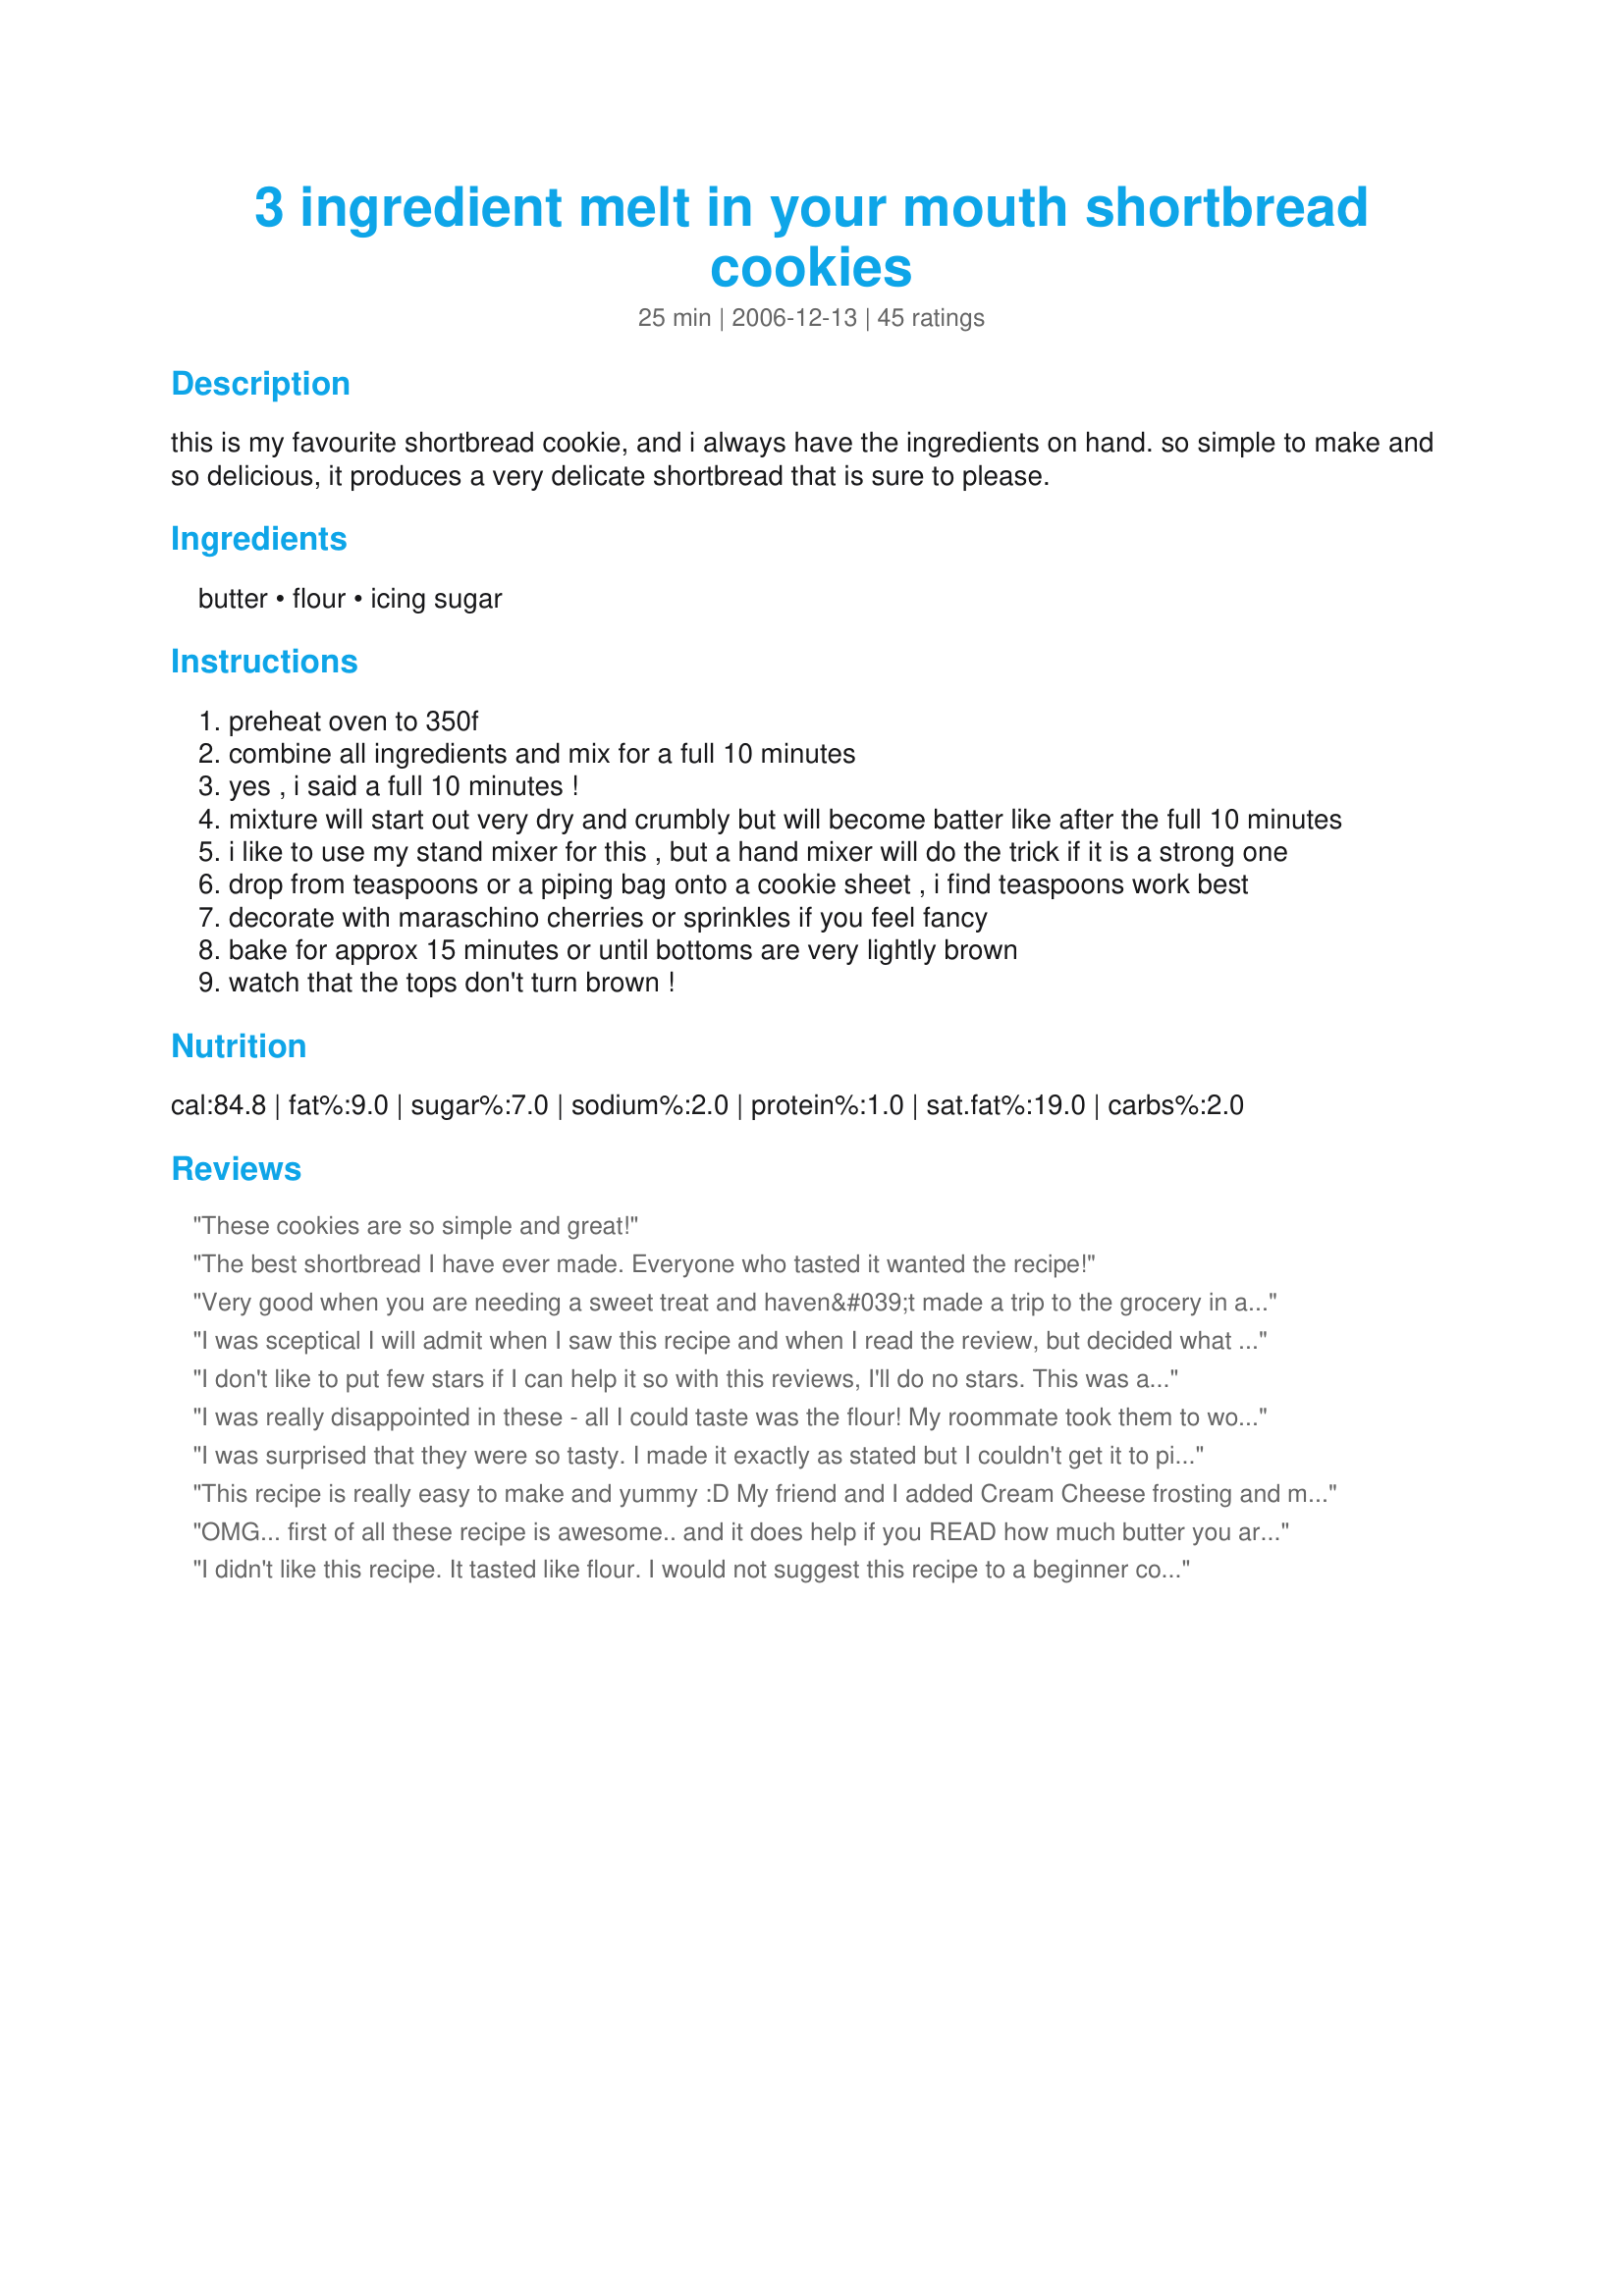
3 ingredient melt in your mouth shortbread cookies
Preparation time: 25 minutes

this is my favourite shortbread cookie, and i always have the ingredients on hand. so simple to make and so delicious, it produces a very delicate shortbread that is sure to please.

Ingredients:
butter, flour, icing sugar

Steps:
preheat oven to 350f
combine all ingredients and mix for a full 10 minutes
yes , i said a full 10 minutes !
mixture will start out very dry and crumbly but will become batter like after the full 10 minutes
i like to use my stand mixer for this , but a hand mixer will do the trick if it is a strong one
drop from teaspoons or a piping bag onto a cookie sheet , i find teaspoons work best
decorate with maraschino cherries or sprinkles if you feel fancy
bake for approx 15 minutes or until bottoms are very lightly brown
watch that the tops don't turn brown !

Reviews:
These cookies are so simple and great!
The best shortbread I have ever made. Everyone who tasted it wanted the recipe!
Very good when you are needing a sweet treat and haven&#039;t made a trip to the grocery in a while because everyone always has those 3 ingredients on hand. Since I didn&#039;t want plain old shortbread cookies I substituted 1/4 cup of the flour for cocoa powder, added a dash of salt, and a few drops of vanilla extract. After the 10 min of beating I added chocolate chips then baked according to recipe. They turned out great. I don&#039;t like how crumbly they are only because I have 3 little boys who make messes with them but they were a big hit with them and was told to add this to my frequent dessert list!
I was sceptical I will admit when I saw this recipe and when I read the review, but decided what the heck and tried a batch. I tried to pipe the first batch as recomended but found it a bit difficult as the batter was just a little thicker to me to pipe. But needless to say they turned out wonderful. That first batch did not last long and we jokingly called it "just a test run" and I had to make alot more to be able to have some for us to take to our coworkers. 
Everyone who eats these have declared them a winner. These will stay in my frequent make list. They are so simple to make and come out so delish. I will have to try the marishino cherry's in some one time. This time I just did the red and green crystal sugar sprinkles for christmas. They are going fast too.
I don't like to put few stars if I can help it so with this reviews, I'll do no stars. This was a total disaster for me. I followed directions and ingredients exactly and I have ended up with a total mess and only 17 'cookies.' They are flat, and thin as paper. I might try again, but likely not.
I was really disappointed in these - all I could taste was the flour! My roommate took them to work and said a few people liked them, but most didn't.
I was surprised that they were so tasty. I made it exactly as stated but I couldn't get it to pipe right. I eventually gave up and used a medium scoop. The scooped ones looked very nice. They are crumbly but oh so good.
This recipe is really easy to make and yummy :D My friend and I added Cream Cheese frosting and made it a nice dessert - but it is very sweet so only one is probably good with tea. - easy to stick to a diet with
OMG... first of all these recipe is awesome.. and it does help if you READ how much butter you are putting in unlike i did and put 1LB of butter instead of 1cup. lol but fixed my error and doubled the recipe and it came out fine. It did come out a little crumbly but i was using it for my thumbprint cookies anyway and a little kneading went along way.As for the flour taste issue add a little vanilla or almond or even a little more sugar problem solved.
Now here is the thing i love to bake but hate to measure, this is why i love this reciepe. butter- already measured. and flour and sugar u can measure in same measuring can.
1 1/2 c. flour + 1/2c sugar = 2C total..lol. I like to experiment with the batters i really like.. so i did.FYI: Make sure the butter is cold found out that the batter comes out better, I ran out of butter so i tried Butter flavored Crisco...UM well its good but not as good as the Butter, cookies will come out a little more crispy than norm and i find a little more greasy that dry as shortbread should be, plus if you shorting is room temp you get the "batter" consistency immed. instead of 10 min.,you can add nuts and dry spices ie. cinnamon, nutmeg, cake spice to make awesome little treats. used the same dough for almost all my cookies just added different addons. thumbprint cookies, snowballs, chocolate dippers, mint meltaways.. This is a very versatile reciepe.Anyway Great recipe and easy cookie base for all my xmas cookie trays recipes. Hope this helps
I didn't like this recipe. It tasted like flour. I would not suggest this recipe to a beginner cook (which is what I am...). I think I followed the directions, well. Once the cookies were in my tummy, I wanted more though. =)
i get requests for these all the time now! i top mine with a little spoonful of raspberry preserves. they are a tiny bit flour-y , but the ease and convenience of this recipy more than makes up for it for me! just watch them carefully so they do not over-brown.
I really wanted these to be great since they were easy to make. However, they did not have enough flavor for us.
As simple as it sounds. Tastes good fresh and cooled, and there is almost no way to mess up. Great recipe!
I had some trouble with the batter at first, but I took me 15 minutes mixing it with a hand mixer to turn to a batter. I roll it into a strand and cutt into ribbons. Then I made some as a sandwich ,using an apricot jam. Such a rich cookie almost like a shortbread. Thanks for a great cookie recipe, Leslie. Made it for the twelve days of Christmas Swap.
I love these cookies, I first saw this recipe in the Best of Bridge cookbook, thanks for posting this wonderful shortbread cookie recipe Leslie!
these were soooooo easy and they really do melt in your mouth!! I made them one morning before work, thats how easy they are. I did have to bake them longer than 15 minutes though to get them to brown on the bottom, but they were so sweet and delicate once they were done. I also used margarine instead of butter and it was ok.
I will definetaly make these again!! I love them!!! Thanks!
does cookie sheet have to be greased?
Not sure what I did wrong with the recipe cause I fellowed the recipe as stated. I found that the cookies didn't stick together very well, they broke up before you could pick them up off the platter. We loved the flavor though and thats why I am giving it a 4 star rating. They were simple to make. I used margarine instead of butter so that might be the reason for the problems I had. I will be trying the recipe again with butter instead of margarine. Thanks for sharing the recipe.
These are so good, and even better since there are only 3 ingredients which I always have! I used a pastry bag and pipped the dough on the cookie sheet, but next time I will use my cookie press. I added a couple chocolate chips to the tops of a few for DH, sprinkles to the ones for DS's and left some plain for me...nice to make a cookie that everyone loves! Will definately make again! Made for October, National Dessert Month in Photo Forum.
These were soooooooo easy and soooooooo yummy! I used my cookie press and they turned out great! I also added a little food coloring to the dough for alittle fun! Thanks for the keeper!!
Almost no flavor I coated them in sugar and they still were bland. Maybe some melted chocolate could save these. To better the recipe add more sugar.
taking advice of the joy of cooking, i swapped 1/3 cup of the flour for corn starch to make these more crumbly and melt-in-your-mouth. i think i should have done another batch! wow are these tasty! takes a while but the dough becomes quite workable and creamy
A great quick treat! Recipe is very simple and the end product melts in your mouth. I used a teaspoon to drop the cookies and got a fleet of these bite-sized melters.

I baked two ways, one was dusting the dropped dough with granulated sugar and flattening down the cookie - this resulted in a more crispy cookie, which tasted fine, but I preferred the cookies straight from the dough drop - any irregularities on top baked to a golden brown which looked and tasted delicious. Perfect with a glass of milk.
Awesome recipe! I made them for Christmas and my husband and roommate liked them. They were very crumbly after I baked them. It helped to let them sit for a few minutes to cool and get a bit firmer before transferring to a container. I added 1 tsp. vanilla extract to cut the flour taste a bit. still yummy regardless!
These are very yummy. Followed the directions exactly. Wish I had a stand mixer, but was able to do it with a hand mixer. And I was doubtful at first about everything coming together, but it does. They def melt in your mouth. I'm going to be freezing the dough to give away to neighbors.
Leslie these are the best little cookies! I also used my stand mixer and topped with a maraschino cherry. Cute and easy to make cookie for a Christmas cookie party. Made and reviewed for PAC 2009 - Fall.
ABC Tag: These are melt in your mouth delicious!! Thank you for sharing such a yummy and easy recipe!
These cookies are pretty close in flavor to Walkers. The texture is much lighter. They literally melt in your mouth which makes them extremely dangerous because you could eat the whole batch. So good and too easy to make.
I added a pinch of cardamom, nutmeg and vanilla and a tablespoon more of the icing sugar. They are so good...trying not to eat any more! Perfect with tea.
This recipe is really good. It has such a smooth texture and is so soft. I had also came up with an idea to roll the dough up into little balls and when they finished baking i dipped it in chocolate and let it cool. It was so yummy! I would recommend this recipe to any one whos in the mood for some sweets. The best part was that it is very simple and takes roughly about 15 minutes for this entire thing!
Definitely melt in your mouth! And super easy to make. Great when you&#039;re craving cookies and fast!
These definitely melt in your mouth! They are an interesting type of cookie. They are very delicate and I found that you should let them sit awhile before handling. I beat my dough for 10 minutes with my standmixer. The dough was almost liked whipped cream, in my opinion, so light and airy. Thanks for sharing! Made for the Aussie/New Zealand 12 Days of Christmas Recipe Swap.
ohhh these are so simple , and they definetly melt.. Perfect delightful companion for a hot cuppa!
Great recipe! We made these last night and they were delicious. I was looking for something quick and easy and these hit the mark. I drizzled the cookies with a little powdered sugar icing, but I liked them without the frosting too!
This recipe should not be in the lactose free category when the first ingredient is butter.
These are tasty little morsels. I followed directions exactly, used a stand mixer and dropped by teaspoons. I loved the ease of making these. The 2nd batch I made with an 1/8 tsp of almond extract and liked them better. The hint of butter flavor with the background of almond was really good. These are my time of cookies but the men looked at me crazy. They were doubling them up to eat them. haha. I plan to add these to the Christmas cookie tray and will add some jelly or something in the middle for design. Thank you for a very quick and tasty morsel. MAde for Aus/NZ Swap Nov 2009.
I ask for a gluten free recipe, so I used gluten free flour did not work.
So cute! I loved the flavour and simplicity of these cookies, but the texture was much too soft and they fell apart the first time I made them. I think this was my error, though, as I creamed the butter and sugar first and added the flour gradually because didn't want to make a mess. I made them again and used my food processor and actually followed the directions, and they worked out much better and not crumbly. I've never piped biscuits before and I've only just started piping, but I reckon these look pretty good!
These were good but you could taste the flour in them. I was happy that they were so easy to make. Just add some frosting and they taste better. Thanks for the recipe.
Not too bad, but I found the cookies still had a 'floury' taste to them. Not sure if they had been in the oven long enough even though they had browned nicely.
Excellent cookies that are easy for non-bakers like myself to make. The recipe is so simple, and I followed it exactly, using all organic ingredients. They are melt in your mouth. So delicate, but not falling apart. I made a batch plain, and my daughter made a batch with sprinkles. I am going to keep this recipe for sure and try to add lavender or other herbs/spices. There is so much I bet you can do with this recipe, but they are delicious on their own. They are not overly sweet which is good, and while there is a taste of flour as one other poster wrote, I think pretty much most of the true shortbread cookies I have eaten had that. They were not dry at all, so I think it is a matter of knowing what a shortbread cookie is supposed to taste/texture like.
Super easy, that's for sure, but like others these tasted a bit more like flour than I would have cared. They weren't BAD, but they weren't what I was wanting either. I made 20 as written, and then added 3/4tsp of vanilla to the last of the batch. I'm not sure if it made them delicious, but I think it helped. I would have liked it if the cookies had held together a little better, but since they literally melted in my mouth, I'll let that one slide. Overall I'd say in a pinch they're worth making, but I recommend adding a few drops of flavoring. :)
Leslie, these were the bomb. I loved them. They were more than worth the extra effort. These tasty little babies melted in your mouth. Leaving a lovely subtle butter flavor. Thanks so much for sharing a recipe that I will make again and again. These were my new favorites on our Christmas Cookie Trays this year.<br/><br/> updated: I made these for my grandbaby's 1st birthday. They were very well received, so well that I had to make another batch to go to the Cayman Islands, the little girl stated they were the best cookies that she has ever had...Kudos Baby Kato :)
this was a fantastic recipe for a quick, light shortbread. You really do have to mix the ingredients for a full 10 mins to get the mixture to a consistancy that can be piped. A really nice addition to afternoon cofffee.
These are very yummy and so easy to make!! my boys love them and they will become a regular!! I added vanilla essence and dropped a chocolate melt on top!!
